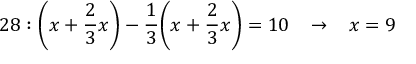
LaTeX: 2 8 : { \bigg ( } x + { \frac { 2 } { 3 } } x { \bigg ) } - { \frac { 1 } { 3 } } { \bigg ( } x + { \frac { 2 } { 3 } } x { \bigg ) } = 1 0 \; \; \; \rightarrow \; \; \; x = 9